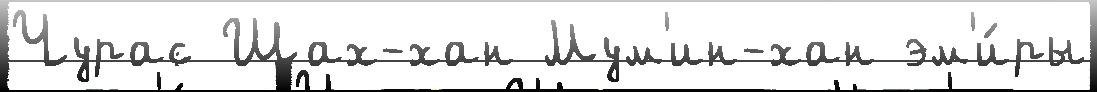
Чурас Шах-хан Мум'ин-хан эм'и́ры